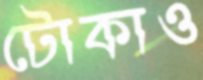
টোকাও